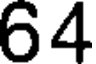
64